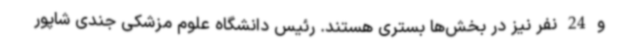
و 24 نفر نیز در بخش‌ها بستری هستند. رئیس دانشگاه علوم مزشکی جندی شاپور